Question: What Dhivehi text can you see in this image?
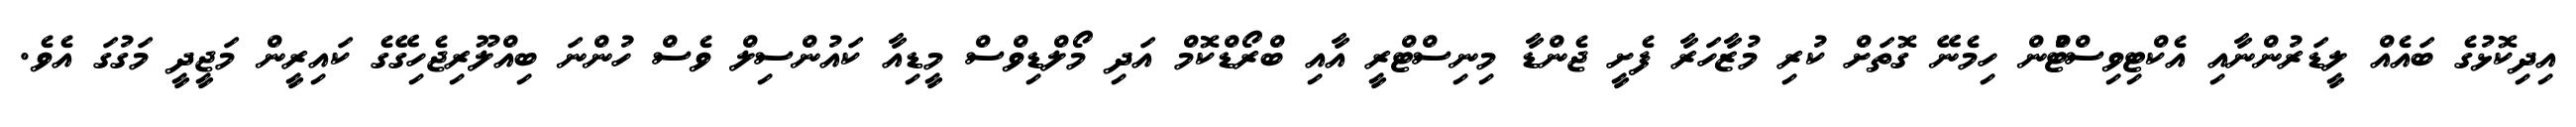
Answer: އިދިކޮޅުގެ ބައެއް ލީޑަރުންނާއި އެކްޓިވިސްޓްުން ހިމެނޭ ގޮތަށް ކުރި މުޒާހަރާ ފެށީ ޖެންޑާ މިނިސްޓްރީ އާއި ބްރޯޑްކޮމް އަދި މޯލްޑިވްސް މީޑިއާ ކައުންސިލް ވެސް ހުންނަ ބިއްލޫރިޖެހިގޭގެ ކައިރީން މަޖީދީ މަގުގަ އެވެ.